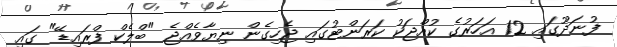
ފުނަދޫގައި 12 އަހަރުގެ ކުއްޖަކު ކަރަންޓުގައި ޖެހިގެން ނިޔާވެއްޖެ "ބްލެކް ފްރައިޑޭ" ގައި